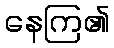
နေကြ၏